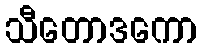
သီတောဒကော